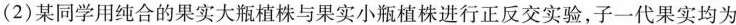
(2)某同学用纯合的果实大瓶植株与果实小瓶植株进行正反交实验，子一代果实均为